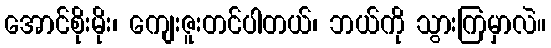
အောင်စိုးမိုး၊ ကျေးဇူးတင်ပါတယ်၊ ဘယ်ကို သွားကြမှာလဲ။